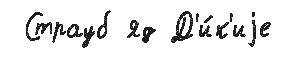
 Страуб яд Д'и́к'иjе